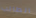
الطالب